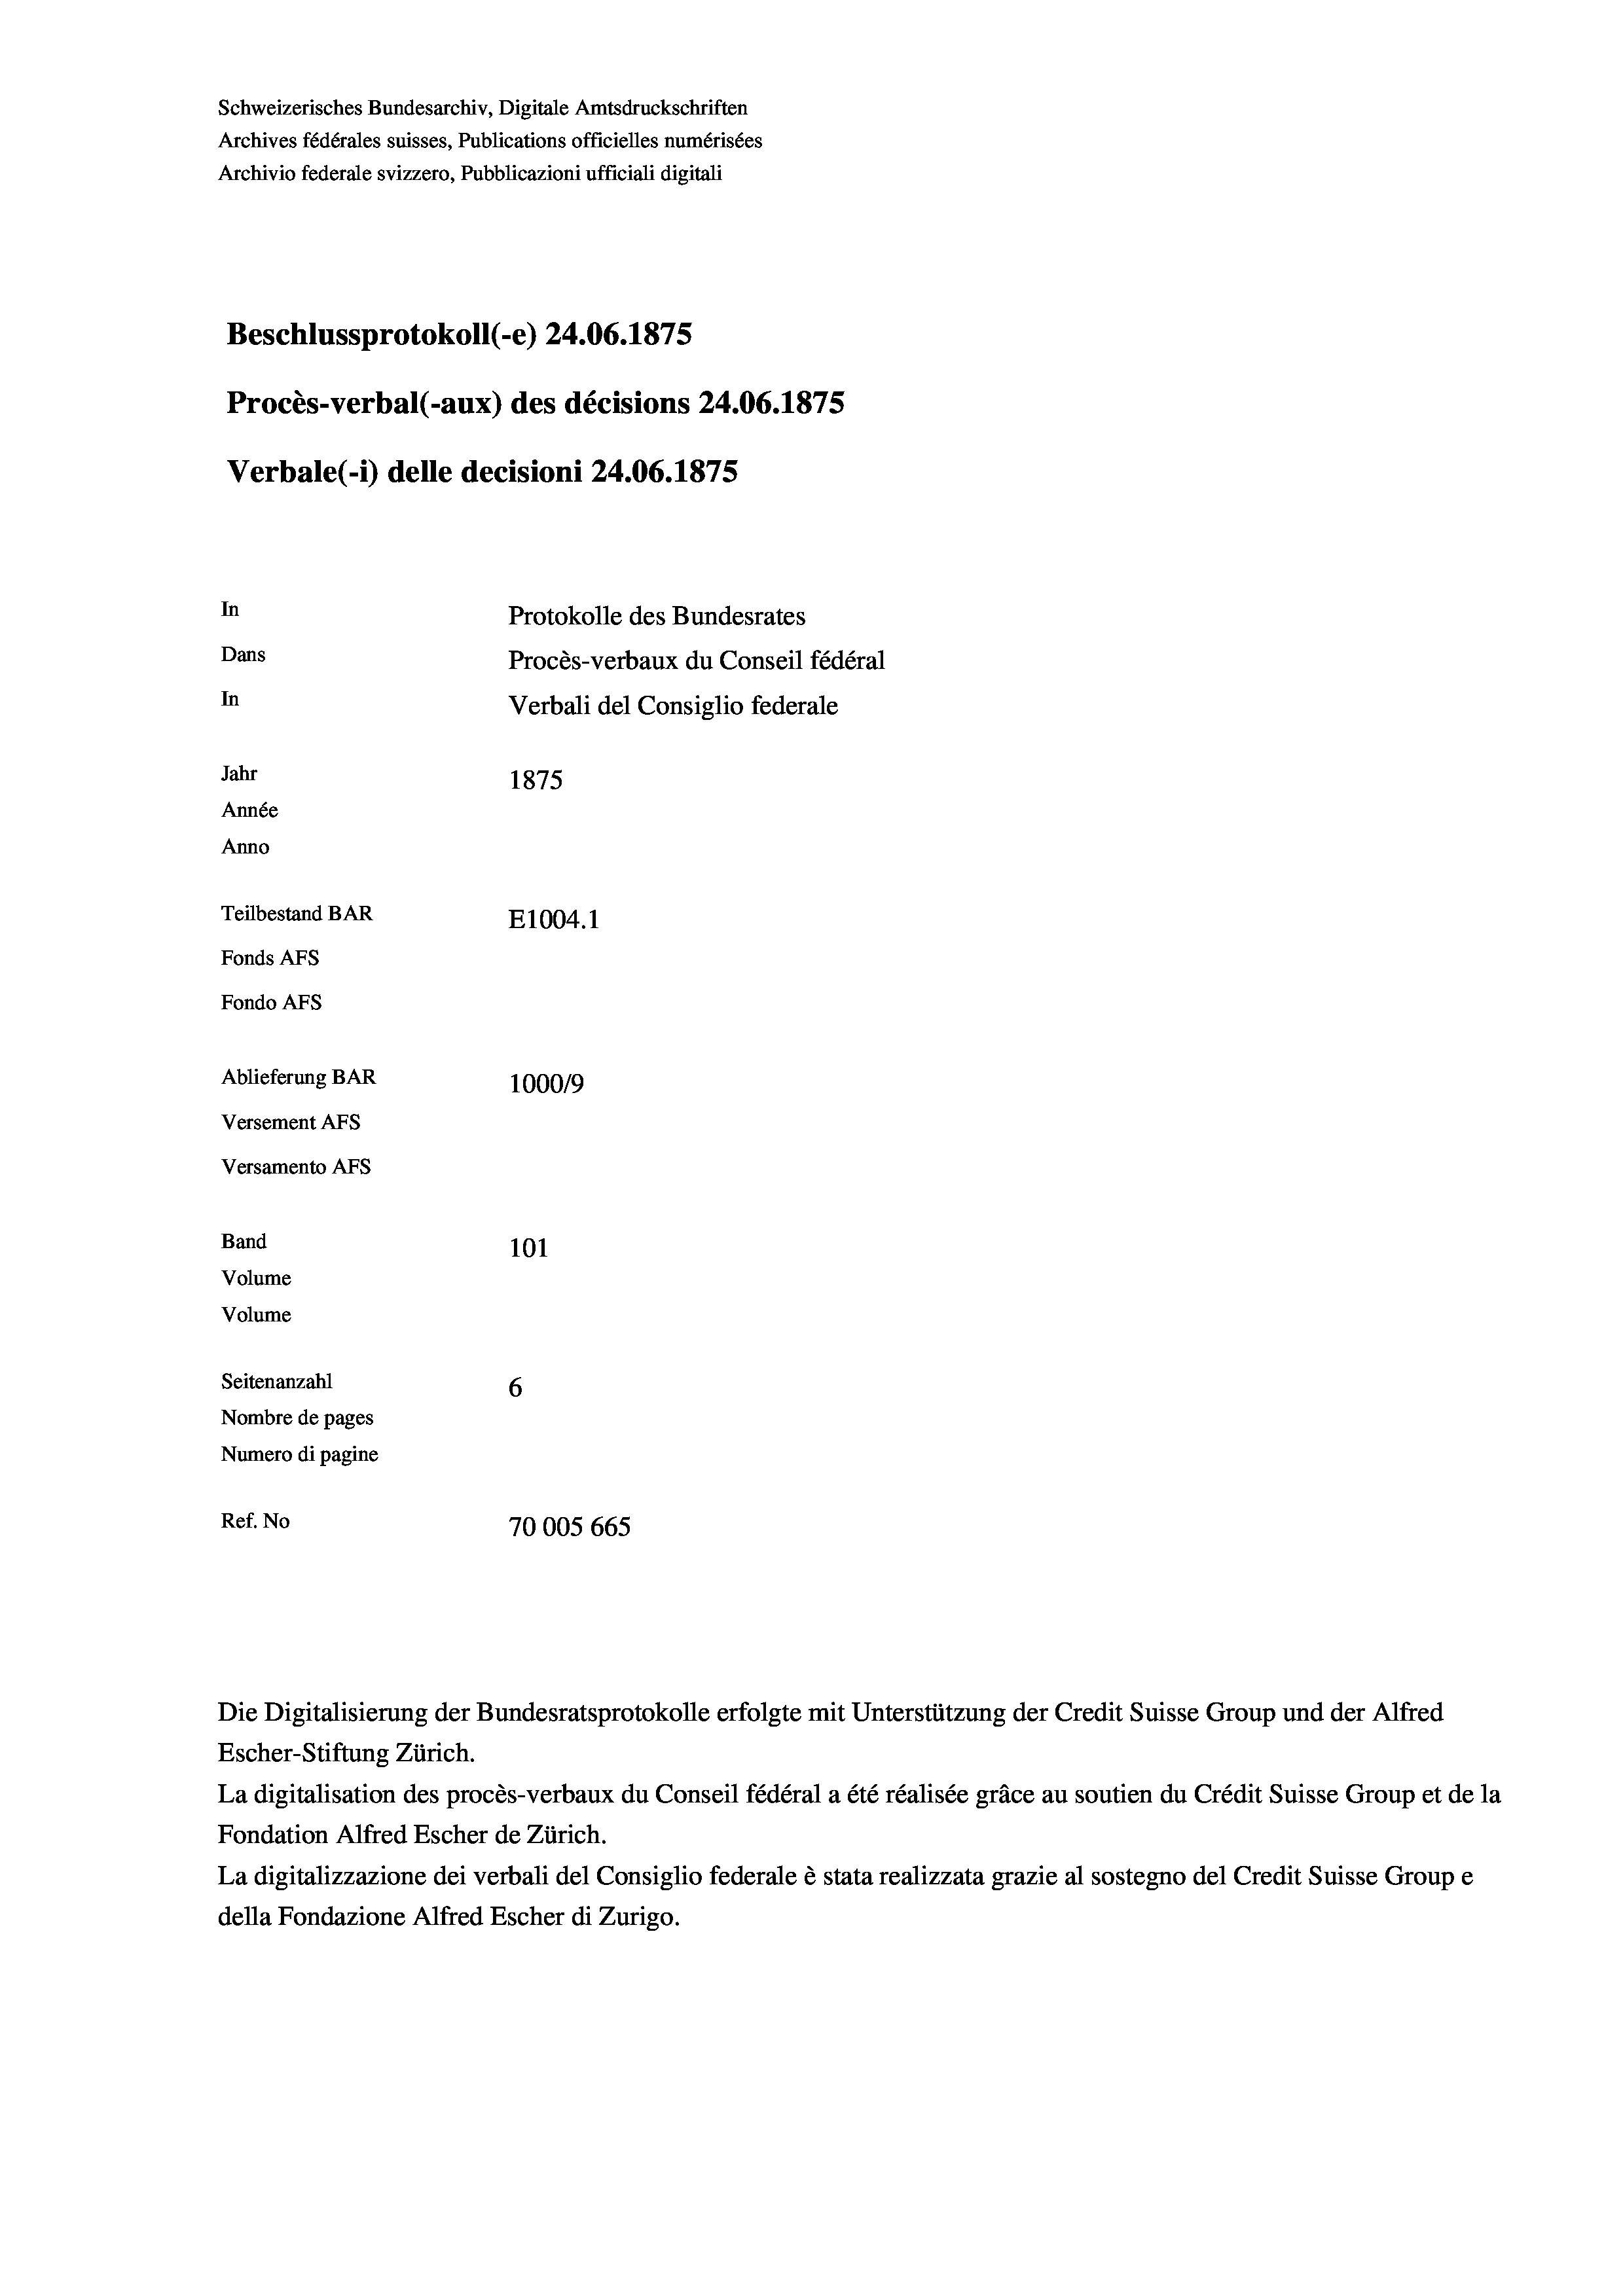
Schweizerisches Bundesarchiv, Digitale Amtsdruckschriften
Archives fédérales suisses, Publications officielles numérisées
Archivio federale svizzero, Pubblicazioni ufficiali digitali
Beschlussprotokoll (-e) 24.06. 1875
Procès-verbal (-aux) des décisions 24.06. 1875
Verbale (i) delle decisioni 24.06. 1875
In
Protokolle des Bundesrates
Dans
Procès-verbaux du Conseil fédéral
In
Jahr
1875
Année
Anno
Teilbestand BAR
E1004. 1
Fonds AFs
Fondo AFS
Ablieferung BAR
100019
Versement Abs
Versamento Afs
Band
101
Volume
Volume
Seitenanzahl
6
Nombre de pages
Numero di pagine
Ref. No
70005 665

Verbali del Consiglio federale

Escher-Stiftung Zürich.
La digitalisation des procès-verbaux du Conseil fédéral a été réalisée gräce au soutien du Crédit Suisse Group et de la
Fondation Alfred Escher de Zürich.
La digitalizzazione dei verbali del Consiglio federale è stata realizzata grazie al sostegno del Credit Suisse Groupe
della Fondazione Alfred Escher di Zurigo.

Die Digitalisierung der Bundesratsprotokolle erfolgte mit Unterstützung der Credit Suisse Group und der Alfred